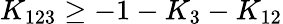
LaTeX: K_{123}\ge-1-K_{3}-K_{12}